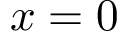
x = 0